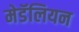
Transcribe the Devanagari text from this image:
मेडॅलियन